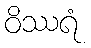
ဝိဿရံ